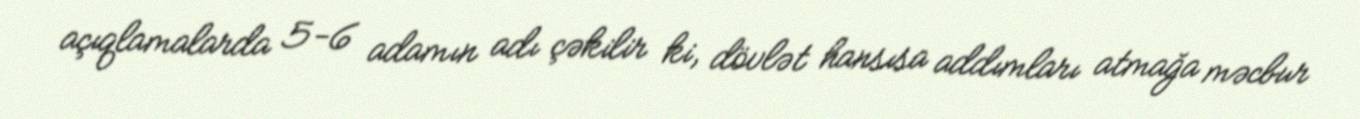
açıqlamalarda 5-6 adamın adı çəkilir ki, dövlət hansısa addımları atmağa məcbur